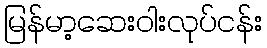
မြန်မာ့ဆေးဝါးလုပ်ငန်း